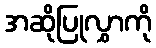
အဆိုပြုလွှာကို